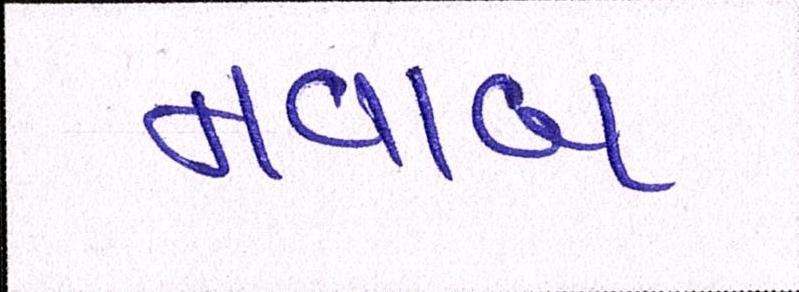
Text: નવાબ